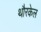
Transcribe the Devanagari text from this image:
थौरकेल